Lunatic asylums Central Provinces reports 1874-1885 - 1874-1885
Year: 1874
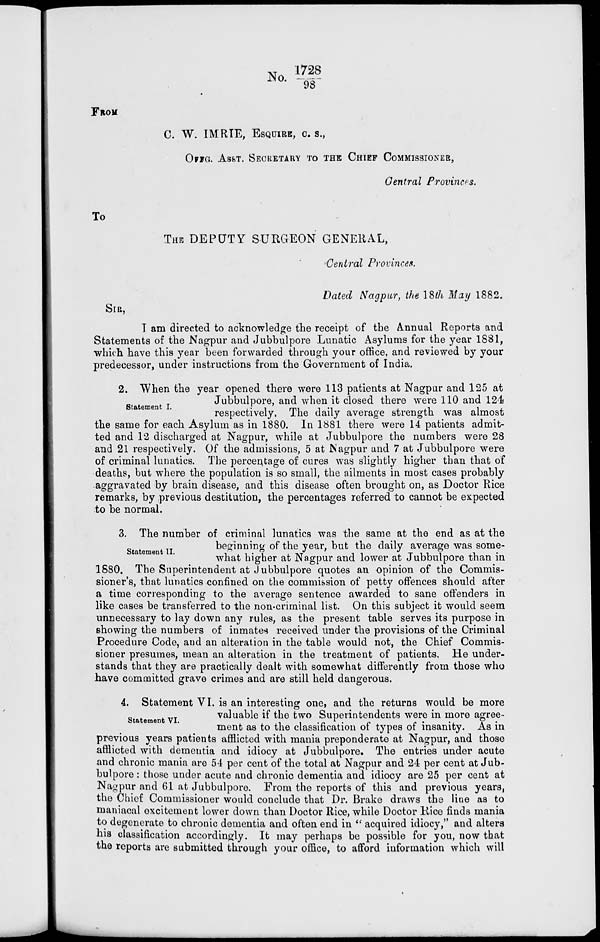
No 1728/98
FROM
C. W. IMRIE, ESQUIRE, C. S.,
OFFG. ASST. SECRETARY TO THE CHIEF COMMISSIONER,
Central Provinces.
To
THE DEPUTY SURGEON GENERAL,
Central Provinces.
Dated Nagpur, the 18th May 1882.
SIR,
I am directed to acknowledge the receipt of the Annual Reports and
Statements of the Nagpur and Jubbulpore Lunatic Asylums for the year 1881,
which have this year been forwarded through your office, and reviewed by your
predecessor, under instructions from the Government of India.
Statement I.
2. When the year opened there were 113 patients at Nagpur and 125 at
Jubbulpore, and when it closed there were 110 and 124
respectively. The daily average strength was almost
the same for each Asylum as in 1880. In 1881 there were 14 patients admit-
ted and 12 discharged at Nagpur, while at Jubbulpore the numbers were 28
and 21 respectively. Of the admissions, 5 at Nagpur and 7 at Jubbulpore were
of criminal lunatics. The percentage of cures was slightly higher than that of
deaths, but where the population is so small, the ailments in most cases probably
aggravated by brain disease, and this disease often brought on, as Doctor Rice
remarks, by previous destitution, the percentages referred to cannot be expected
to be normal.
Statement II.
3. The number of criminal lunatics was the same at the end as at the
beginning of the year, but the daily average was some-
what higher at Nagpur and lower at Jubbulpore than in
1880. The Superintendent at Jubbulpore quotes an opinion of the Commis-
sioner's, that lunatics confined on the commission of petty offences should after
a time corresponding to the average sentence awarded to sane offenders in
like cases be transferred to the non-criminal list. On this subject it would seem
unnecessary to lay down any rules, as the present table serves its purpose in
showing the numbers of inmates received under the provisions of the Criminal
Procedure Code, and an alteration in the table would not, the Chief Commis-
sioner presumes, mean an alteration in the treatment of patients. He under-
stands that they are practically dealt with somewhat differently from those who
have committed grave crimes and are still held dangerous.
Statement VI.
4. Statement VI. is an interesting one, and the returns would be more
valuable if the two Superintendents were in more agree-
ment as to the classification of types of insanity. As in
previous years patients afflicted with mania preponderate at Nagpur, and those
afflicted with dementia and idiocy at Jubbulpore. The entries under acute
and chronic mania are 54 per cent of the total at Nagpur and 24 per cent at Jub-
bulpore : those under acute and chronic dementia and idiocy are 25 per cent at
Nagpur and 61 at Jubbulpore. From the reports of this and previous years,
the Chief Commissioner would conclude that Dr. Brake draws the line as to
maniacal excitement lower down than Doctor Rice, while Doctor Rice finds mania
to degenerate to chronic dementia and often end in " acquired idiocy," and alters
his classification accordingly. It may perhaps be possible for you, now that
the reports are submitted through your office, to afford information which will